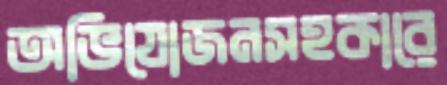
অভিযোজনসহকারে